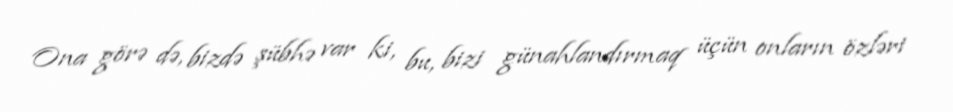
Ona görə də, bizdə şübhə var ki, bu, bizi günahlandırmaq üçün onların özləri